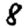
Digit: 8